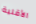
الأقلية